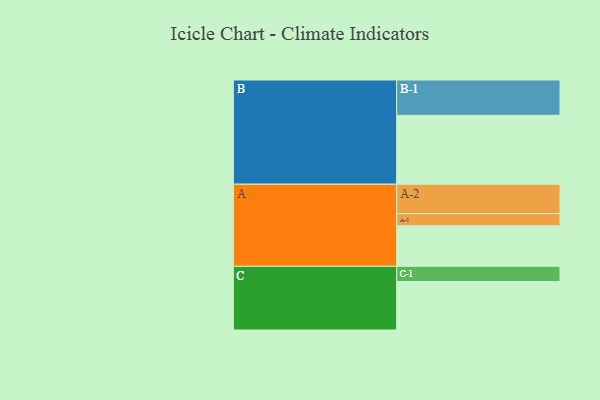
{"axis": {"x": "Segment", "y": "Value"}, "legend": ["", "A", "B", "C"], "data": [{"x": "A", "y": 319, "type": ""}, {"x": "B", "y": 542, "type": ""}, {"x": "C", "y": 381, "type": ""}, {"x": "A-1", "y": 96, "type": "A"}, {"x": "A-2", "y": 231, "type": "A"}, {"x": "B-1", "y": 278, "type": "B"}, {"x": "C-1", "y": 120, "type": "C"}]}